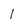
Character: 1